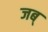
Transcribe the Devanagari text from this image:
जब्